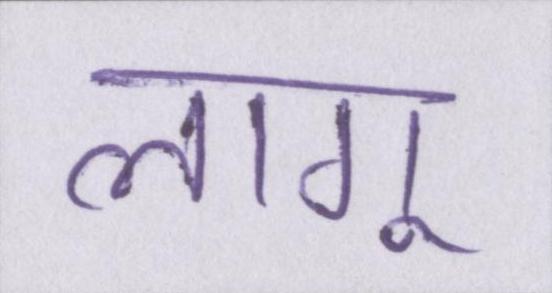
लागू